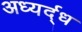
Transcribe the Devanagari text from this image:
अध्यर्द्ध